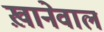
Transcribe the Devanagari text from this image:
ख़ानेवाल